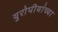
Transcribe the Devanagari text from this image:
युरोपीयांच्या